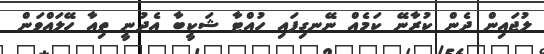
ލުޖައިން ދެން ކުރާނޭ ކަމެއް ނޭނގިފައި ހުއްޓާ ޝަކީބާ އެދުނީ ތިއާ ހޭލައްވަން